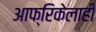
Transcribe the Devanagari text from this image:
आफ्रिकेलाही